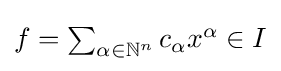
{\textstyle f=\sum _{\alpha \in \mathbb {N} ^{n}}c_{\alpha }x^{\alpha }\in I}